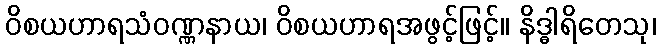
ဝိစယဟာရသံဝဏ္ဏနာယ၊ ဝိစယဟာရအဖွင့်ဖြင့်။ နိဒ္ဓါရိတေသု၊